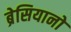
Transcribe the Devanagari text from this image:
ब्रेसियानो